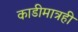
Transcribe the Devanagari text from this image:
काडीमात्रही